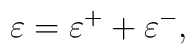
\varepsilon = \varepsilon^+ + \varepsilon^- ,